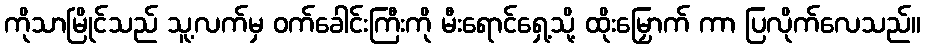
ကိုသာမြိုင်သည် သူ့လက်မှ ဝက်ခေါင်းကြီးကို မီးရောင်ရှေ့သို့ ထိုးမြှောက် ကာ ပြလိုက်လေသည်။